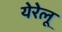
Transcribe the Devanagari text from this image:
येरेलू